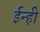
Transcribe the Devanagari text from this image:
ईन्ही